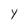
Character: Y